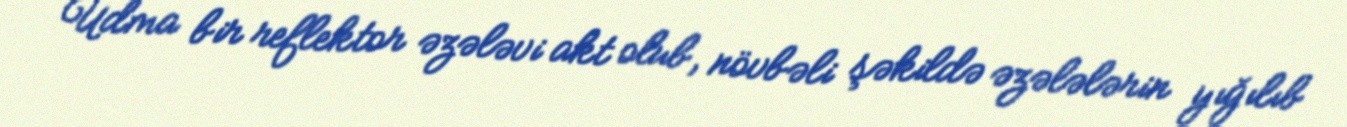
Udma bir reflektor əzələvi akt olub, növbəli şəkildə əzələlərin yığılıb